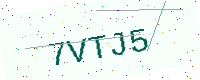
Text: 7VTJ5